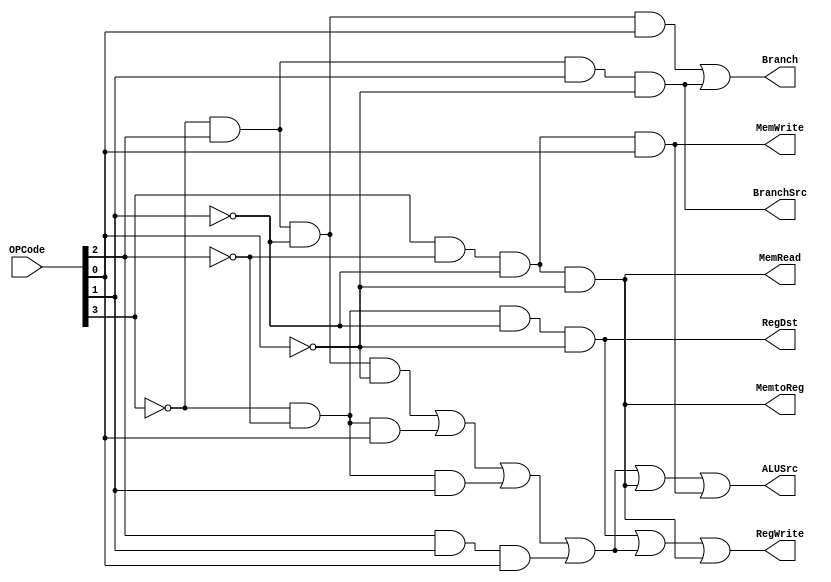
module controller(RegDst, ALUSrc, MemtoReg, RegWrite, MemRead, MemWrite, Branch, BranchSrc, OPCode);
input [3:0] OPCode;
output RegDst, ALUSrc, MemtoReg, RegWrite, MemRead, MemWrite, Branch, BranchSrc;

wire wAnd1, wAnd2, wAnd3, wAnd4;
wire wRType, wITypeArith, wBeq, wBne, wLw, wSw;

and (wRType, ~OPCode[3], ~OPCode[2], ~OPCode[1], ~OPCode[0]);

and (wAnd1, ~OPCode[3], OPCode[2], ~OPCode[1], ~OPCode[0]);
and (wAnd2, ~OPCode[3], ~OPCode[2], OPCode[0]);
and (wAnd3, ~OPCode[3], ~OPCode[2], OPCode[1]);
and (wAnd4, OPCode[2], OPCode[1], OPCode[0]);
or (wITypeArith, wAnd1, wAnd2, wAnd3, wAnd4);

and (wBeq, ~OPCode[3], OPCode[2], ~OPCode[1], OPCode[0]);

and (wBne, ~OPCode[3], OPCode[2], OPCode[1], ~OPCode[0]);

and (wLw, OPCode[3], ~OPCode[2], ~OPCode[1], ~OPCode[0]);

and (wSw, OPCode[3], ~OPCode[2], ~OPCode[1], OPCode[0]);



not (RegDst, ~wRType);

or (ALUSrc, wITypeArith, wLw, wSw);

not (MemtoReg, ~wLw);

or (RegWrite, wRType, wITypeArith, wLw);

not (MemRead, ~wLw);

not (MemWrite, ~wSw);

or (Branch, wBeq, wBne);

not (BranchSrc, ~wBne);

endmodule